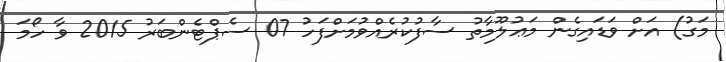
މަގު) އަށް ވަޑައިގެން މަޢުލޫމާތު ސާފުކުރެއްވުމަށްފަހު 07 ސެޕްޓެންބަރު 2015 ވާ ހޯމަ